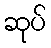
ဆုပ်